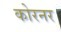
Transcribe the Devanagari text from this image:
कोरनर